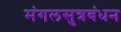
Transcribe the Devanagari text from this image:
मंगलसुत्रबंधन